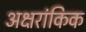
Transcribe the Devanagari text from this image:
अक्षरांकिक